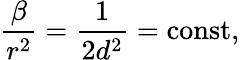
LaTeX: \frac{\beta}{r^{2}}=\frac 1{2d^{2}}=\mathrm{const},